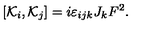
\left[ { \cal K } _ { i } , { \cal K } _ { j } \right] = i \varepsilon _ { i j k } J _ { k } F ^ { 2 } .